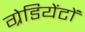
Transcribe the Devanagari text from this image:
ग्रेडियेंटों